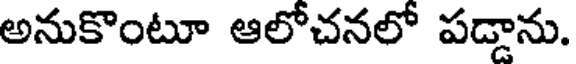
అనుకొంటూ ఆలోచనలో పడ్డాను.